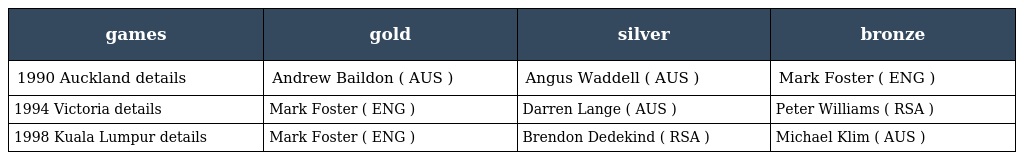
| games | gold | silver | bronze |
 | --- | --- | --- | --- |
 | 1990 Auckland details | Andrew Baildon ( AUS ) | Angus Waddell ( AUS ) | Mark Foster ( ENG ) |
 | 1994 Victoria details | Mark Foster ( ENG ) | Darren Lange ( AUS ) | Peter Williams ( RSA ) |
 | 1998 Kuala Lumpur details | Mark Foster ( ENG ) | Brendon Dedekind ( RSA ) | Michael Klim ( AUS ) |